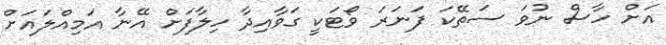
އަށް ހާސް ނުވަ ސަތޭކަ ފަނަރަ ވޯޓަކީ ގަވާއިދާ ހިލާފަށް އޭނާ އަމިއްލައަށް